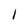
Character: 1